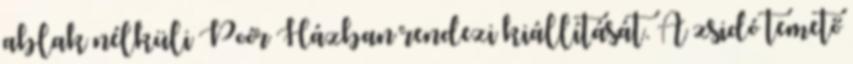
ablak nélküli Poór Házban rendezi kiállítását. A zsidó temető